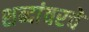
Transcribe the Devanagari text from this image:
शब्दांवरचे